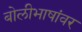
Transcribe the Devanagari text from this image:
बोलीभाषांवर